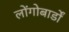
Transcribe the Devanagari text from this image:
लोंगोबार्डों